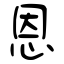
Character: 恩